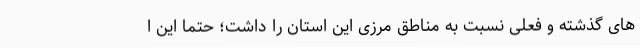
های گذشته و فعلی نسبت به مناطق مرزی این استان را داشت؛ حتما این ا